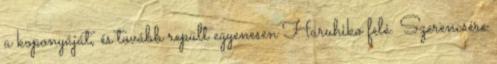
a koponyáját, és tovább repült egyenesen Haruhiko felé. Szerencsére